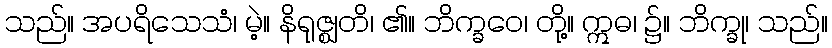
သည်။ အပရိသေသံ၊ မဲ့။ နိရုဇ္ဈတိ၊ ၏။ ဘိက္ခဝေ၊ တို့။ ဣဓ၊ ၌။ ဘိက္ခု၊ သည်။